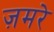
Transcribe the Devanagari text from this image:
ज़मरे